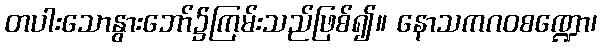
တပါးသောနွားဘော်၌ကြမ်းသည်ဖြစ်၍။ နောသကဂဝစဏ္ဍော၊